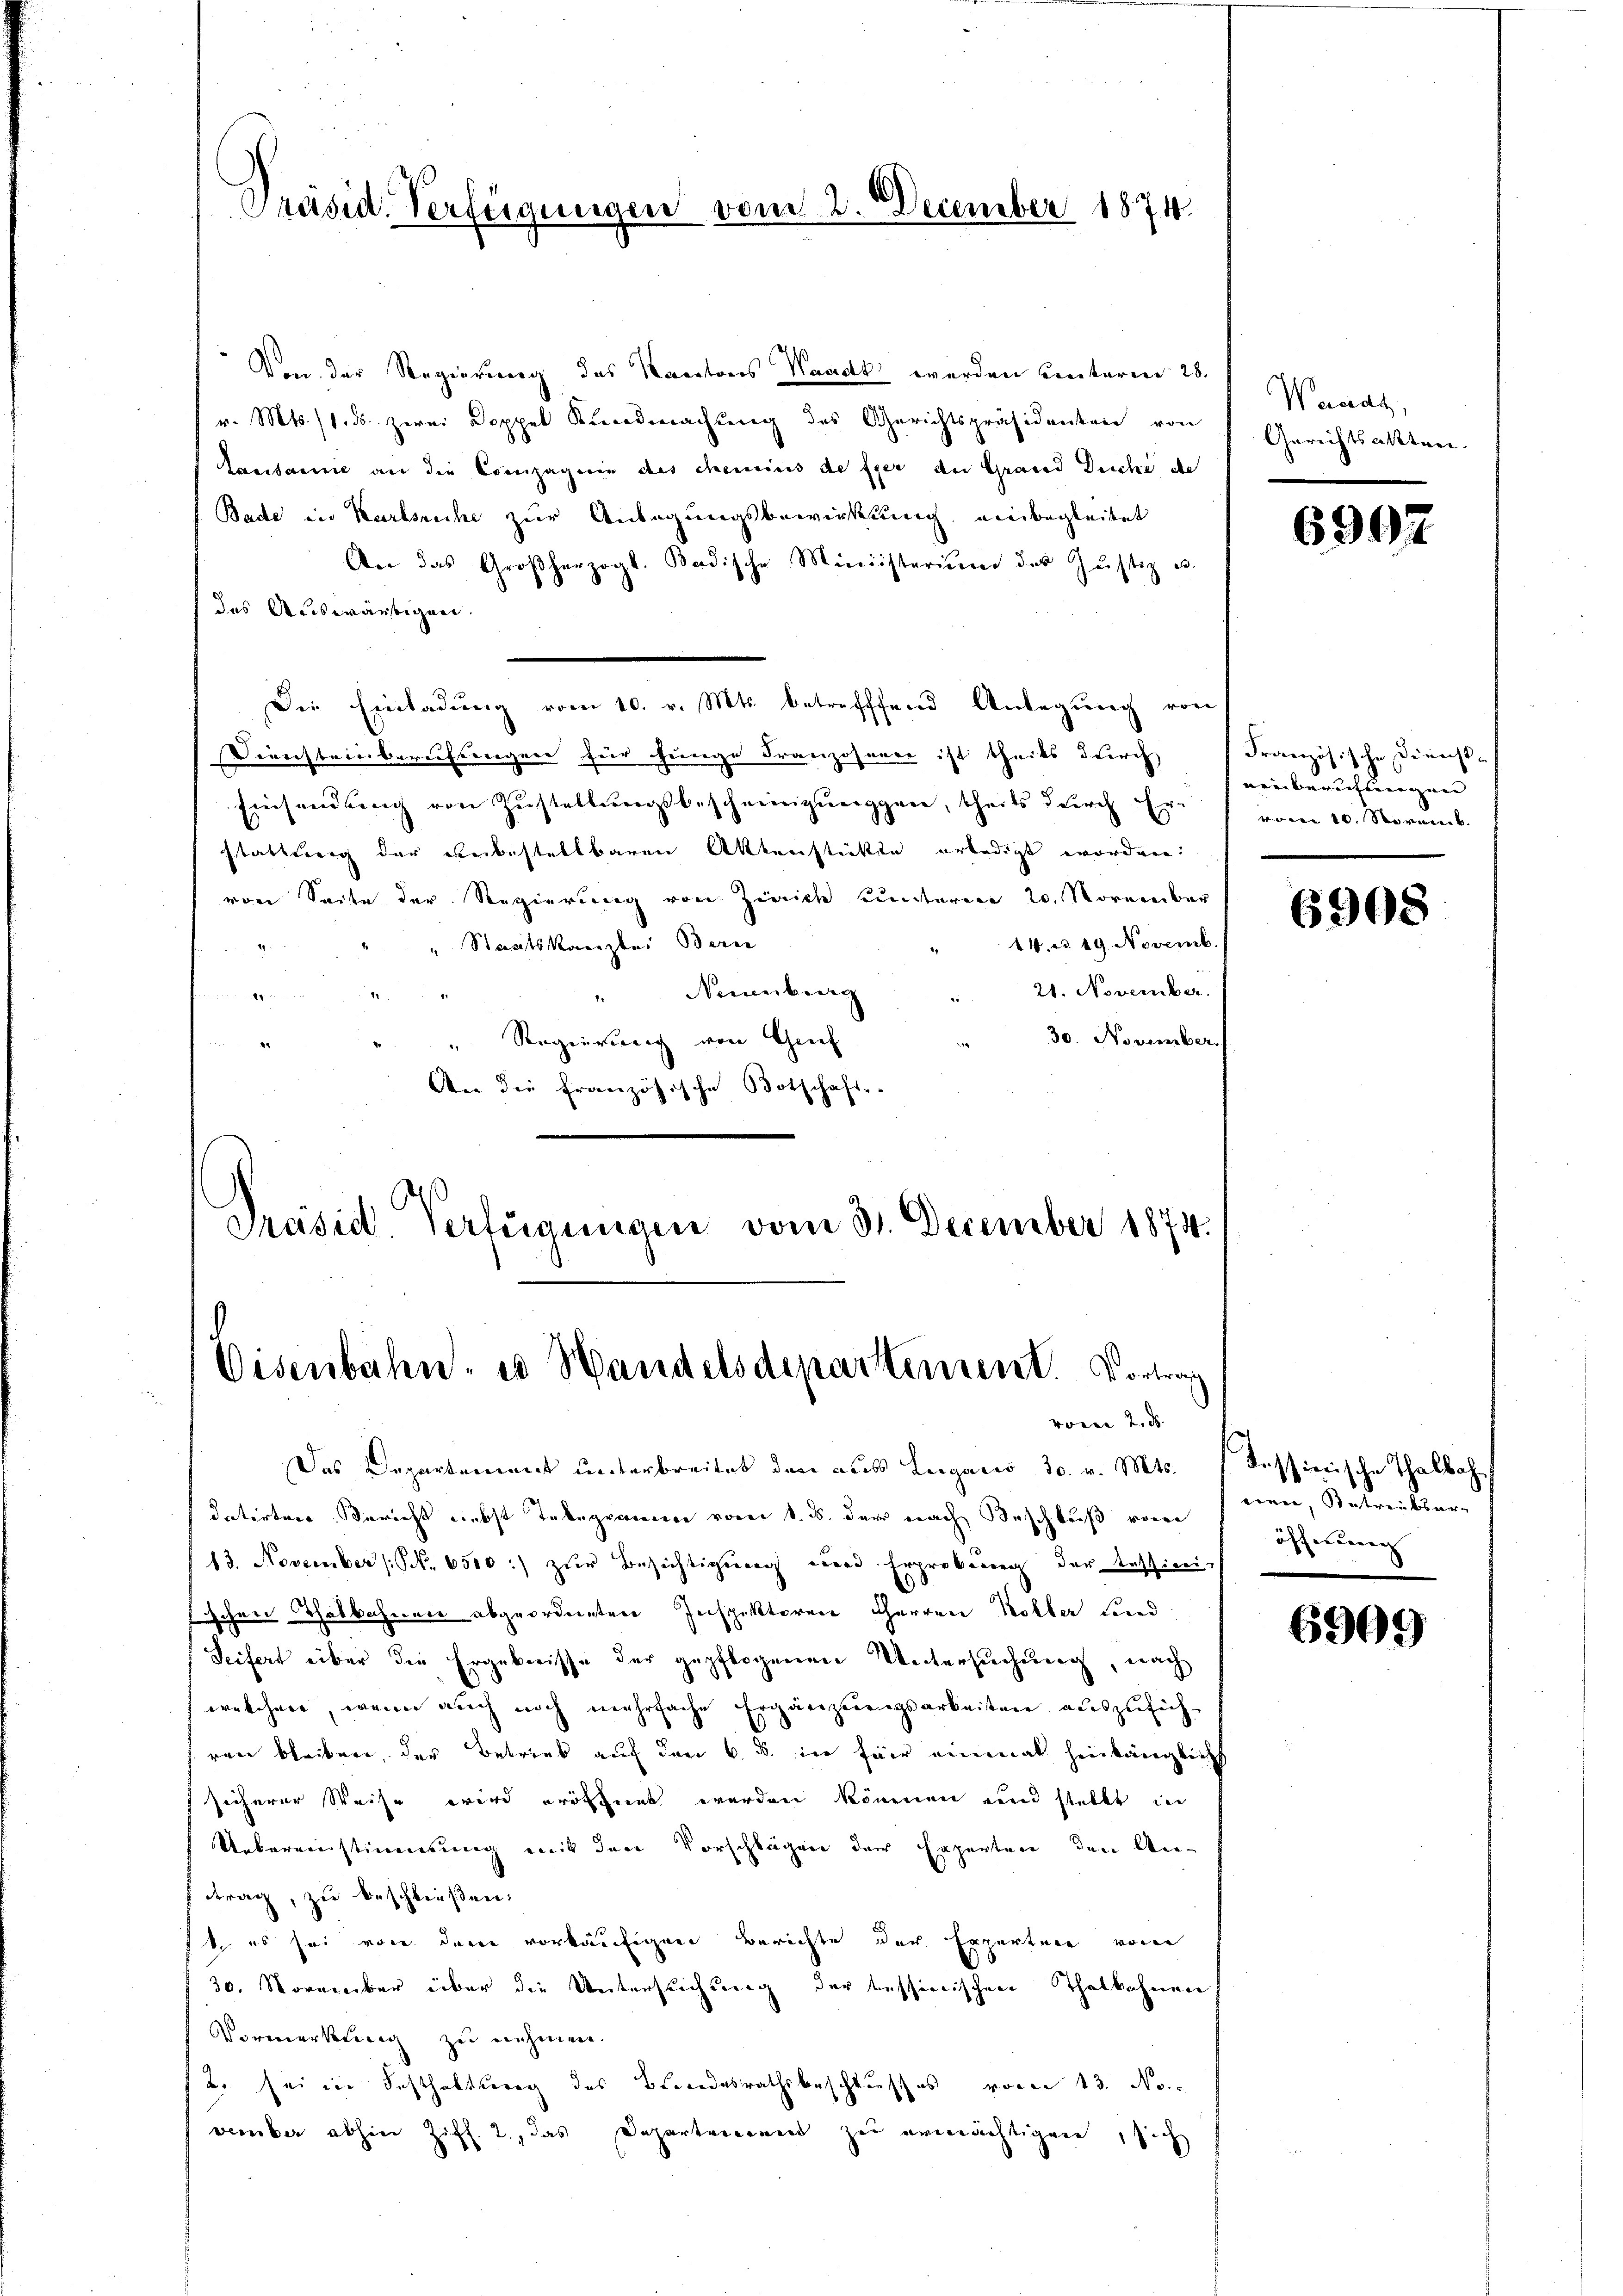
Präsid. Verfügungen vom 2. December 1874.

Von der Regierung des Kantons Waadt werden Centarere 28.
v. Mts. 11. ds. zwei Doppel Kundmachung des Gerichtspräsidenten von
Lausanne an die Compagnie des chemins de fier an Grand Deiche de
Bade in Karlsriche zur Anlegungsbewirkung, einbegleitet
An das Großherzogl. Badische Ministerium des Justiz u.
das Auswärtigen.
Die Einladung vom 10. v. Mts. betreffend Anlegung von
Diensteinberuftiger für junge Franzosener ist theils durch Französische Denecht-
Einsendung von Zustellungsbescheinigungen, theils durch Erstattung der unbestellbaren Aktenstickte erledigt worden.
von Seite der Regierung von Zürich unteren 20. November
14. d. 19. Novemb.
Staatskanzlei Bern
21. November.
" Neuenburg
1
30. November.
". " Regierung von Genf
An die französische Botschafte

Präsid. Verfügungen vom 31. December 1874.
.
Eisenbahn, es Handelsdepartement. Vortrag
vom 2. d.

Das Departement unterbreitet den aus Lugano 30. v. Mts.
datirterr. Bericht nebst Telegramm vom 1. d. der nach Beschluß von
13. November (S. 6500:) zŭr Besichtigung und Erprobung der Tessinis
schen Thatbahnen abgeordneten Inspektoren Herren Koller sind
Seifert über die Ergebnisse der gepflogenen Untersuchung, nach
welchen, wenn auch noch mehrfache Ergänzungsarbeiten auszuführen bleiben, der Betrieb auf den 6 u. in für einmal hinlänglichs
sicherer Weise wird eröffnet werden können und stellt in
Uebereinstimmung mit den Vorschlägen der Experten den Antrag, zu beschließen:
. es sei von dem vorläufigen Berichte der Erparten von
30. November über die Untersuchung der tessinischen Thalkahnen
Vormerkung zu nehmen.
2. sei in Festhaltung des Bundesrathsbeschlusses vom 13. No
vember abhin Ziff. 2, das Departeiend zu ermächtigen, sich

Waadt,
Gerichtsaktten.

6992

venberichtungen |
varen 10. Voranck.

6908

Tessinische Thalbahn
nien, Retriebsar-
öffendung |

6909